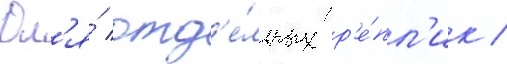
Дл'я́ отд'е́льных р'е́пл'ик /